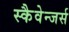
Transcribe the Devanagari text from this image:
स्कैवेन्जर्स